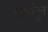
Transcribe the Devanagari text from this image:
सभांतून